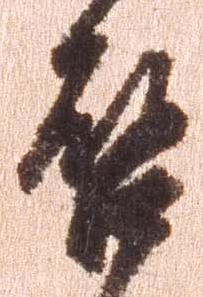
啓